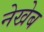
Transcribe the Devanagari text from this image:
नेखेब